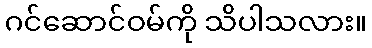
ဂင်ဆောင်ဝမ်ကို သိပါသလား။